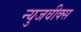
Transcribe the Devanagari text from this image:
न्युजवीक्स